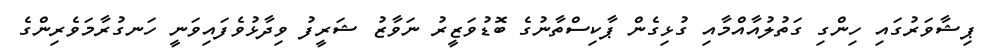
ޕިޝާވަރުގައި ހިންގި ގަތުލުއާއްމާއި ގުޅިގެން ޕާކިސްތާނުގެ ބޮޑުވަޒީރު ނަވާޒު ޝަރީފު ވިދާޅުވެފައިވަނީ ހަނގުރާމަވެރިންގެ